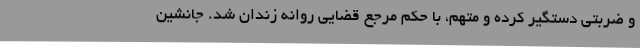
و ضربتی دستگیر کرده و متهم، با حکم مرجع قضایی روانه زندان شد. جانشین